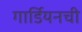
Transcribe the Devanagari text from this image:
गार्डियनची